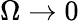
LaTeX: \Omega\to 0